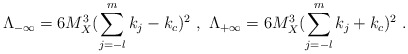
\begin{align*}\Lambda_{-\infty}= 6 M_X^3 (\sum_{j=-l}^m k_j-k_c)^2~,~ \Lambda_{+\infty}= 6 M_X^3 (\sum_{j=-l}^m k_j+ k_c)^2~.~\,\end{align*}